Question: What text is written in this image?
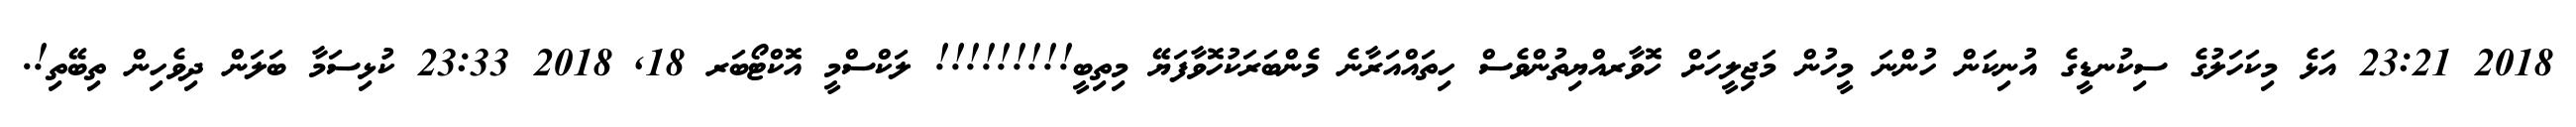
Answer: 2018 23:21 އަޅެ މިކަހަލުގެ ސިކުނޑީގެ އުނިކަން ހުންނަ މީހުން މަޖިލީހަށް ހޮވާރއްޔިތުންވެސް ހިތައްއަރާނެ މެންބަރަކުހޮވާފަޔޭ މިތިބީ!!!!!!!!! ލަކްސްމީ އޮކްޓޯބަރ 18, 2018 23:33 ކުޅިސަމާ ބަލަން ދިވެހިން ތިބޭތި!.